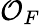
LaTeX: {\mathcal{O}}_{F}